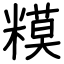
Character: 糢